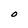
Character: O